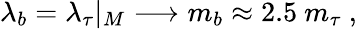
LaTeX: \lambda_{b}=\lambda_{\tau}\vert_{M}\longrightarrow m_{b}\approx 2.5~m_{\tau}\ ,